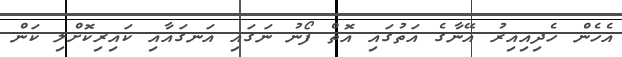
އެހެން ހެދިއިއިރު އޭނާގެ އަތުގައި އޮތް ފޯނު ނަގައި އަނގައާއި ކައިރިކޮށްލި ކަން